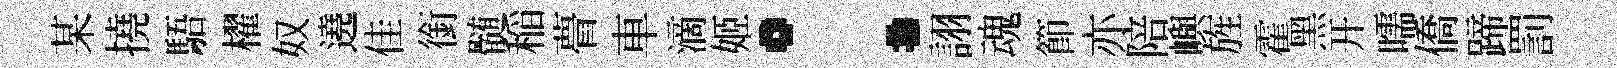
某撓䮏櫂奴遶佳銜髄稲瞢車滴姬：詡魂節亦陪嶼旌霍黑开嚅僑蹄罰